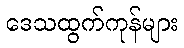
ဒေသထွက်ကုန်များ